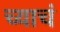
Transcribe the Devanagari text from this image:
च्याचं